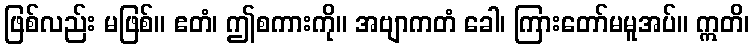
ဖြစ်လည်း မဖြစ်။ ဧတံ၊ ဤစကားကို။ အဗျာကတံ ခေါ၊ ကြားတော်မမူအပ်။ ဣတိ၊